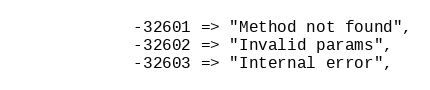
Language: PHP
            -32601 => "Method not found",
            -32602 => "Invalid params",
            -32603 => "Internal error",